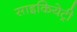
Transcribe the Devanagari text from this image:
साइकियेट्री